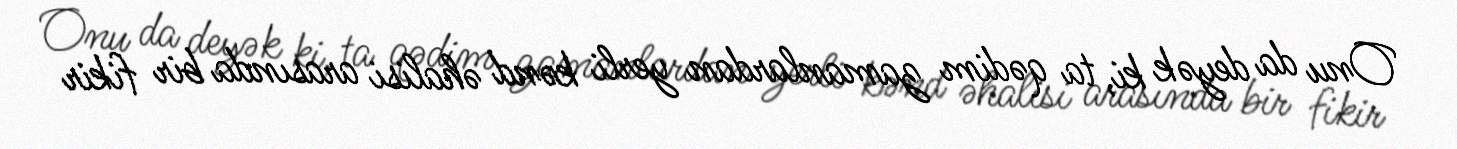
Onu da deyək ki, ta qədim zamanlardan yerli kənd əhalisi arasında bir fikir